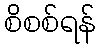
စိစစ်ရန်